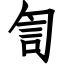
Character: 訇